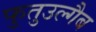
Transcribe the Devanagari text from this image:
फुतुउल्गैब